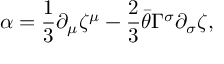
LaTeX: \alpha = { \frac { 1 } { 3 } } \partial _ { \mu } \zeta ^ { \mu } - { \frac { 2 } { 3 } } \bar { \theta } \Gamma ^ { \sigma } \partial _ { \sigma } \zeta ,